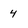
Character: 4